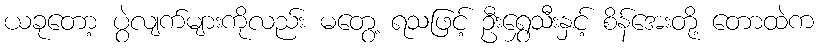
ယခုတော့ ပွဲလျက်များကိုလည်း မတွေ့ ရသဖြင့် ဦးရွှေသီးနှင့် စိန်အေးတို့ တောထဲက